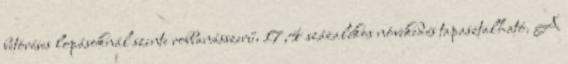
betöréses lopásoknál szinte robbanásszerű, 17,4 százalékos növekedés tapasztalható. A